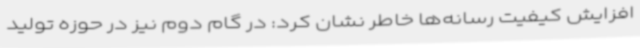
افزایش کیفیت رسانه‌ها خاطر نشان کرد: در گام دوم نیز در حوزه تولید